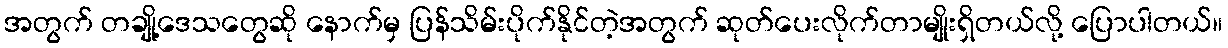
အတွက် တချို့ဒေသတွေဆို နောက်မှ ပြန်သိမ်းပိုက်နိုင်တဲ့အတွက် ဆုတ်ပေးလိုက်တာမျိုးရှိတယ်လို့ ပြောပါတယ်။